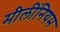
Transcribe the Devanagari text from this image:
मीलींनियम